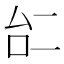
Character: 𠄩